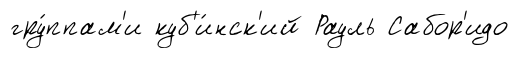
гру́ппам'и куб'и́нск'ий Рауль Сабор'идо